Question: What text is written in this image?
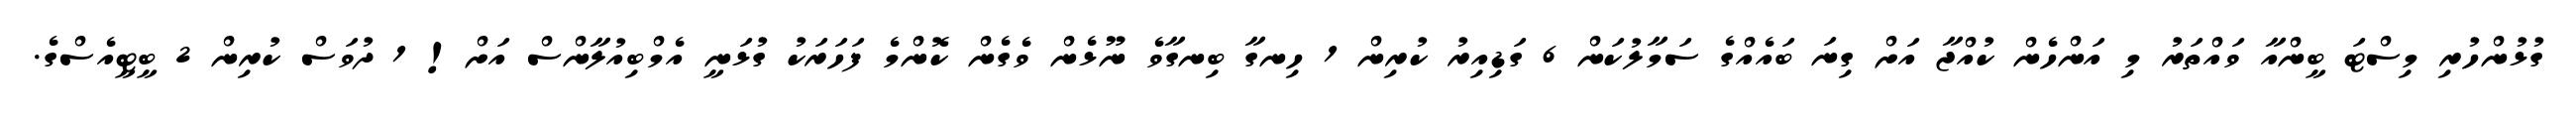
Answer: ގުޅުންހުރި މިސްޓަ ބީންއާ ވައްތަރު މި އަންހެން ކުއްޖާ އަށް ގިނަ ބައެއްގެ ސަމާލުކަން 6 ގަޑިއިރު ކުރިން 1 ހިނގާ ބިނގާވެ ނޫޅެން ވެގެން ކޮންމެ ފަހަރަކު ގުޅަނީ އެމްބިއުލާންސް އަށް! 1 ދުވަސް ކުރިން 2 ބީޓީއެސްގެ.